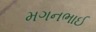
મગનભાઈ